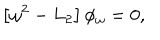
LaTeX: \left[ \omega ^ { 2 } - L _ { 2 } \right] \phi _ { \omega } = 0 ,